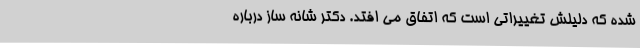
شده که دلیلش تغییراتی است که اتفاق می ‌افتد. دکتر شانه ‌ساز درباره